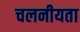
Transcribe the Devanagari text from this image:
चलनीयता